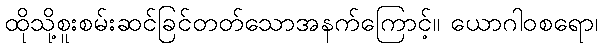
ထိုသို့စူးစမ်းဆင်ခြင်တတ်သောအနက်ကြောင့်။ ယောဂါဝစရော၊